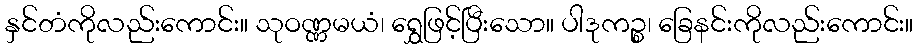
နှင်တံကိုလည်းကောင်း။ သုဝဏ္ဏမယံ၊ ရွှေဖြင့်ပြီးသော။ ပါဒုကဉ္စ၊ ခြေနင်းကိုလည်းကောင်း။